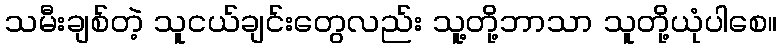
သမီးချစ်တဲ့ သူငယ်ချင်းတွေလည်း သူ့တို့ဘာသာ သူတို့ယုံပါစေ။